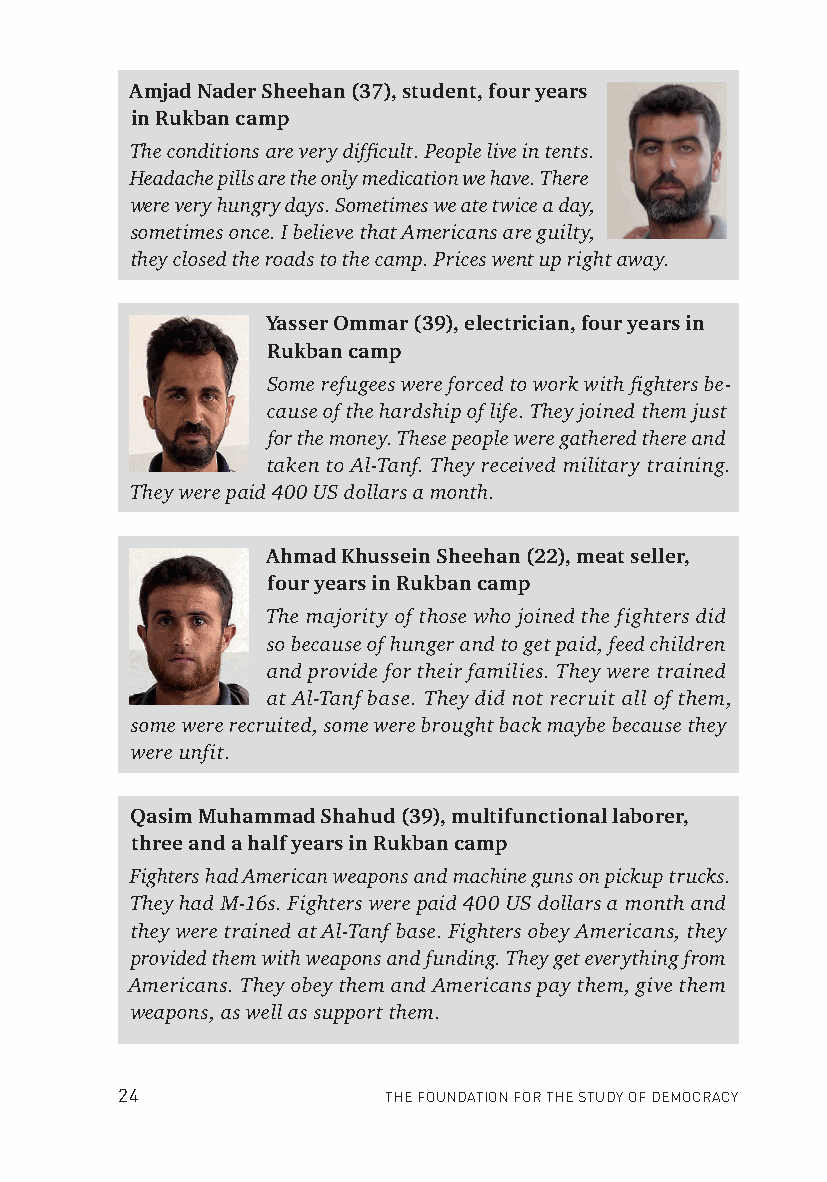
Amjad Nader Sheehan (37), student, four years
 in Rukban camp
 The conditions are very diffi cult. People live in tents.
 Headache pills are the only medication we have. There
 were very hungry days. Sometimes we ate twice a day,
 sometimes once. I believe that Americans are guilty,
 they closed the roads to the camp. Prices went up right away.
 Yasser Ommar (39), electrician, four years in
 Rukban camp
 Some refugees were forced to work with fi ghters be-
 cause of the hardship of life. They joined them just
 for the money. These people were gathered there and
 taken to Al-Tanf. They received military training.
 They were paid 400 US dollars a month.
 Ahmad Khussein Sheehan (22), meat seller,
 four years in Rukban camp
 The majority of those who joined the fighters did
 so because of hunger and to get paid, feed children
 and provide for their families. They were trained
 at Al-Tanf base. They did not recruit all of them,
 some were recruited, some were brought back maybe because they
 were unfit.
 Qas im Muhammad Shahud (39), multifunctional laborer,
 three and a half years in Rukban camp
 Fighters had American weapons and machine guns on pickup trucks.
 They had M-16s. Fighters were paid 400 US dollars a month and
 they were trained at Al-Tanf base. Fighters obey Americans, they
 provided them with weapons and funding. They get everything from
 Americans. They obey them and Americans pay them, give them
 weapons, as well as support them.
 24               THE FOUNDATION FOR THE STUDY OF DEMOCRACY